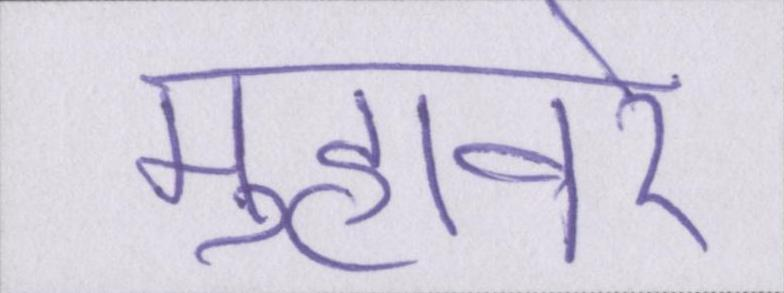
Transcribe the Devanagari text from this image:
मुहावरे